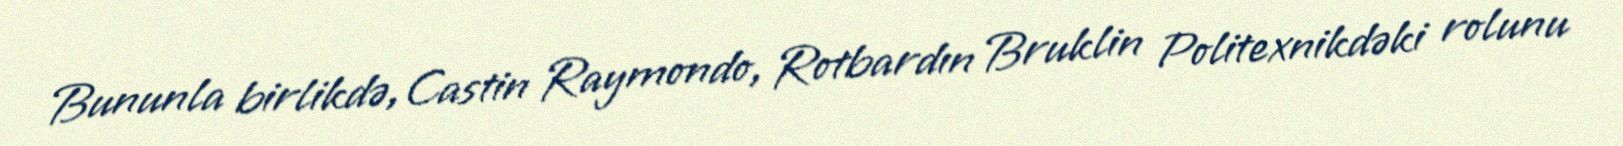
Bununla birlikdə, Castin Raymondo, Rotbardın Bruklin Politexnikdəki rolunu